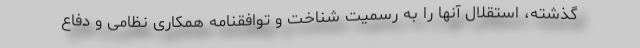
گذشته، استقلال آنها را به رسمیت شناخت و توافقنامه همکاری نظامی و دفاع